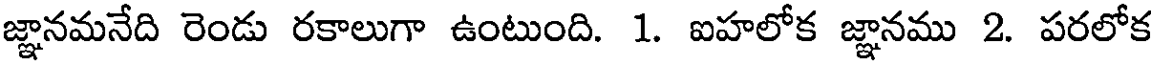
జ్ఞానమనేది రెండు రకాలుగా ఉంటుంది. 1. ఐహలోక జ్ఞానము 2. పరలోక